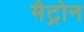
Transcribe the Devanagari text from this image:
मैट्रोन